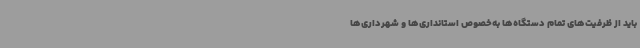
باید از ظرفیت‌های تمام دستگاه‌ها به‌خصوص استانداری‌ها و شهرداری‌ها